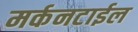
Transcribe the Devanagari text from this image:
मर्कनटाईल